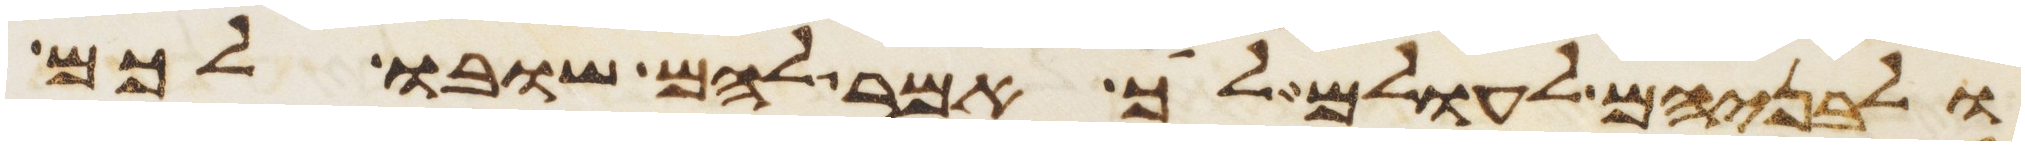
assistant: ולבניהם לעולם לך אמר להם שובו לכם